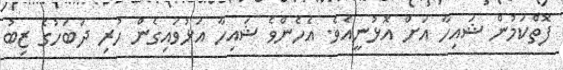
ފޮތްކަމުން ޝައިހާ އަށް އޮޅުނީއެވެ. އެހެންވެ ޝައިހާ އަޅުވައިގެން ހުރި ދަބަހުގެ ޒިބު